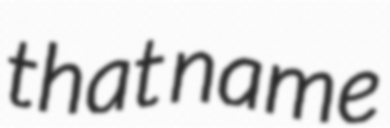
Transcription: that name